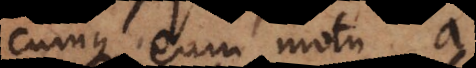
cumque cum motu a